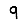
Digit: 9